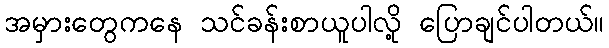
အမှားတွေကနေ သင်ခန်းစာယူပါလို့ ပြောချင်ပါတယ်။